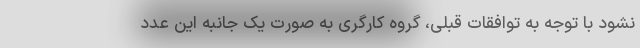
نشود با توجه به توافقات قبلی، گروه کارگری به صورت یک جانبه این عدد